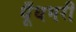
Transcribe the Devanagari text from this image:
धूँधभरी